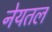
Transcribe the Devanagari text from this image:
नेयतल